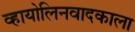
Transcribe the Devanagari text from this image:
व्हायोलिनवादकाला